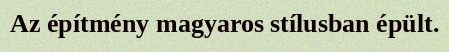
Az építmény magyaros stílusban épült.